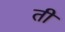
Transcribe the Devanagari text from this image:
ती